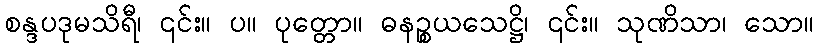
စန္ဒပဒုမသိရီ၊ ၎င်း။ ပ။ ပုတ္တော။ ဓနဉ္စယသေဋ္ဌိ၊ ၎င်း။ သုဏိသာ၊ သော။